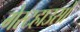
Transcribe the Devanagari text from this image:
गेस्टहाउसों